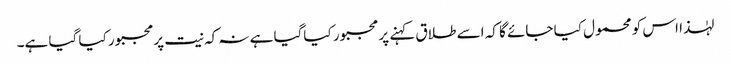
لہٰذا اس کو محمول کیا جائے گا کہ اسے طلاق کہنے پر مجبور کیاگیا ہے نہ کہ نیت پرمجبور کیا گیا ہے۔